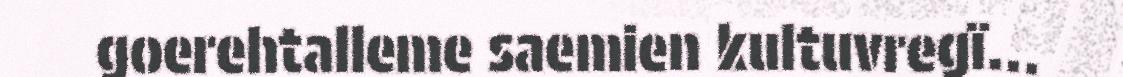
goerehtalleme saemien kultuvregï...